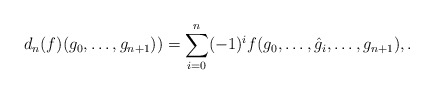
\begin{align*}d_n(f)(g_0, \dots, g_{n+1})) = \sum_{i=0}^n (-1)^i f(g_0, \dots, \hat g_i, \dots, g_{n+1}), .\end{align*}